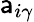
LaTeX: \mathsf{a}_{i\gamma}